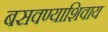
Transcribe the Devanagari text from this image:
बसवण्याशिवाय